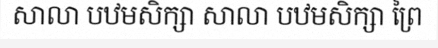
សាលា បឋមសិក្សា សាលា បឋមសិក្សា ព្រៃ